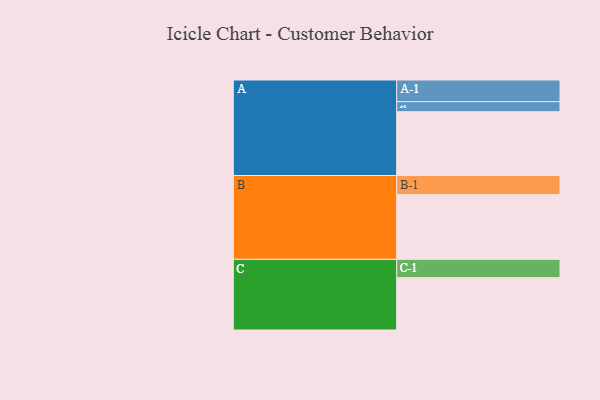
{"axis": {"x": "Segment", "y": "Value"}, "legend": ["", "A", "B", "C"], "data": [{"x": "A", "y": 557, "type": ""}, {"x": "B", "y": 565, "type": ""}, {"x": "C", "y": 457, "type": ""}, {"x": "A-1", "y": 189, "type": "A"}, {"x": "A-2", "y": 88, "type": "A"}, {"x": "B-1", "y": 167, "type": "B"}, {"x": "C-1", "y": 160, "type": "C"}]}